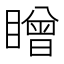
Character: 䁬